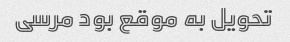
تحویل به موقع بود مرسی